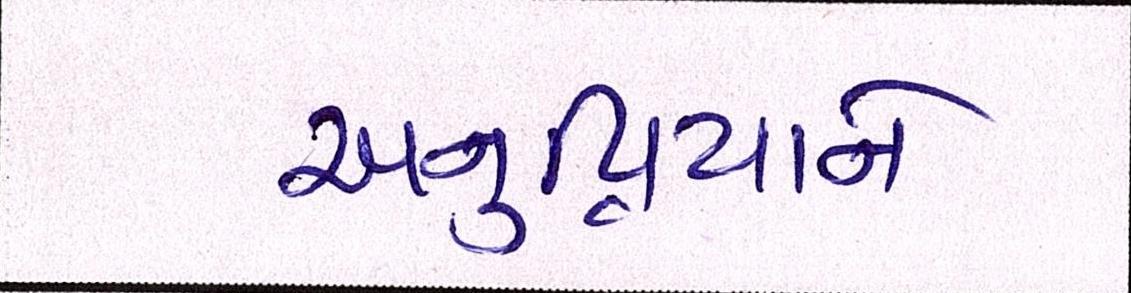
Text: અનુપ્રિયાને